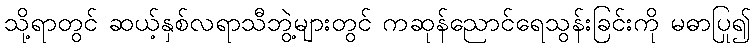
သို့ရာတွင် ဆယ့်နှစ်လရာသီဘွဲ့များတွင် ကဆုန်ညောင်ရေသွန်းခြင်းကို မဓာပြု၍